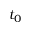
t _ { 0 }